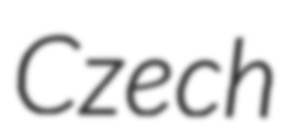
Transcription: Czech